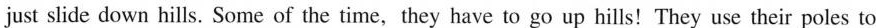
just slide down hills. Some of the time, they have to go up hills！They use their poles to